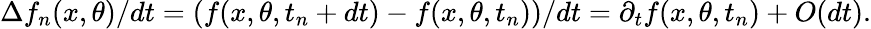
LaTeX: \Delta f_{n}(x,\theta)/dt=\left(f(x,\theta,t_{n}+dt)-f(x,\theta,t_{n})\right)/dt=\partial_{t}f(x,\theta,t_{n})+O(dt).